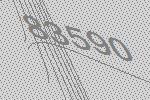
83590